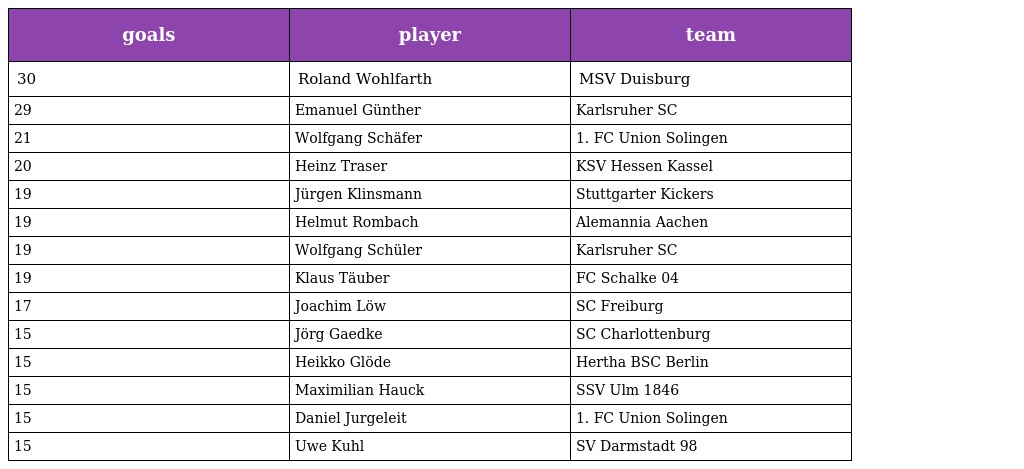
| goals | player | team |
 | --- | --- | --- |
 | 30 | Roland Wohlfarth | MSV Duisburg |
 | 29 | Emanuel Günther | Karlsruher SC |
 | 21 | Wolfgang Schäfer | 1. FC Union Solingen |
 | 20 | Heinz Traser | KSV Hessen Kassel |
 | 19 | Jürgen Klinsmann | Stuttgarter Kickers |
 | 19 | Helmut Rombach | Alemannia Aachen |
 | 19 | Wolfgang Schüler | Karlsruher SC |
 | 19 | Klaus Täuber | FC Schalke 04 |
 | 17 | Joachim Löw | SC Freiburg |
 | 15 | Jörg Gaedke | SC Charlottenburg |
 | 15 | Heikko Glöde | Hertha BSC Berlin |
 | 15 | Maximilian Hauck | SSV Ulm 1846 |
 | 15 | Daniel Jurgeleit | 1. FC Union Solingen |
 | 15 | Uwe Kuhl | SV Darmstadt 98 |